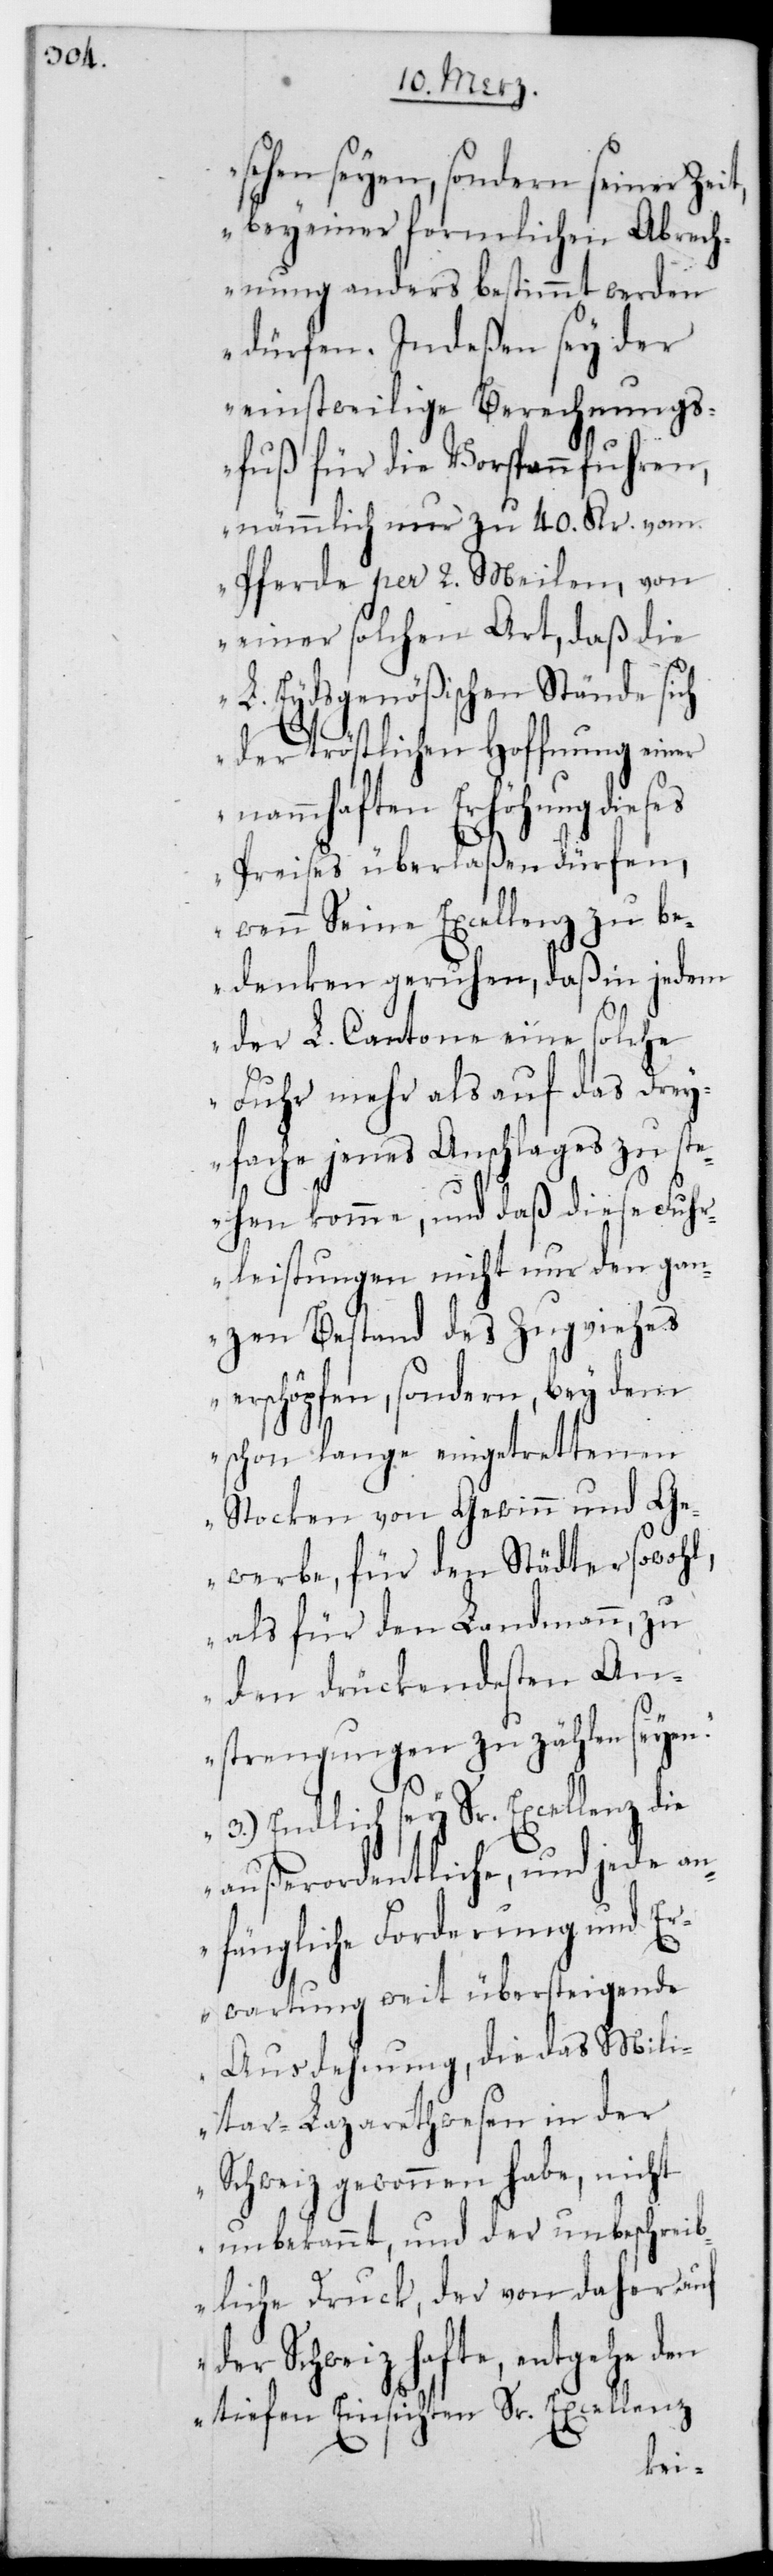
t,

sehen seyen, sondern seiner Zei¬
bey einer formlichen Abrech¬
nung anders bestimmt werden
dürfen. Indeßen sey der
einstweilige Berechnungs¬
fuß für die Vorspannfuhren,
nämmlich nur zu 40. Kr. vom
Pferde per 2. Meilen, von
einer solchen Art, daß die
L. Eydsgenößischen Stände sich
der tröstlichen Hoffnung einer
namhaften Erhöhung dieses
Preises überlaßen dürfen,
wenn Se. Excellenz zu be¬
denken geruhen, daß in jedem
der L. Cantone eine solche
Fuhr mehr als auf das drey¬
fache jenes Anschlages zu ste¬
hen komme, und daß diese Fuh¬
rleistungen nicht nur den gan¬
zen Bestand des Zugviehes
erschöpfen, sondern bey dem
schon lange eingetrettenen
Stocken von Gewinn und Ge¬
werbe, für den Städter sowohl
als für den Landmann, zu
den drückendsten An¬
strengungen zu zählen seyen.
3.) Endlich sey Sr. Excellenz die
außerordentliche, und jede an¬
fängliche Forderung und E¬
rwartung weit übersteigende
Ausdehnung, die das Mili¬
tar-Lazarethwesen in der
Schweiz gewonnen habe, nicht
unbekannt, und der unbeschreib¬
liche Druck, der von daher auf
der Schweiz hafte, entgehe den
tiefen Einsichten Sr. Excellenz